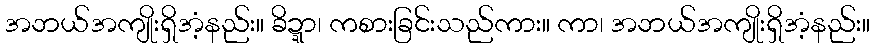
အဘယ်အကျိုးရှိအံ့နည်း။ ခိဍ္ဍာ၊ ကစားခြင်းသည်ကား။ ကာ၊ အဘယ်အကျိုးရှိအံ့နည်း။